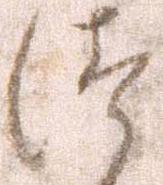
つ